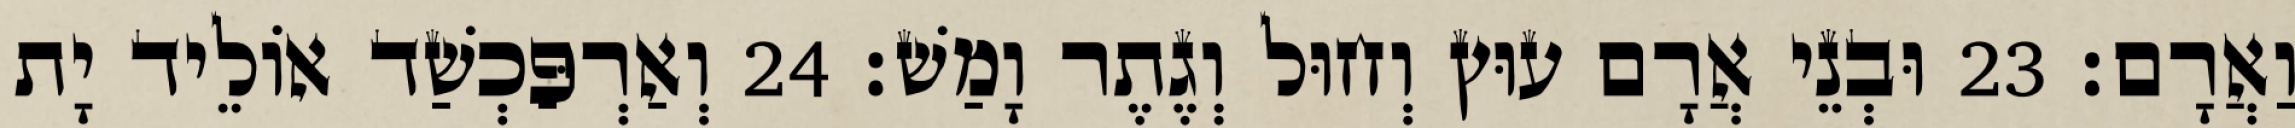
וַאֲרָם׃ 23 וּבְנֵי אֲרָם עוּץ וְחוּל וְגֶתֶר וָמַשׁ׃ 24 וְאַרְפַּכְשַׁד אוֹלֵיד יָת